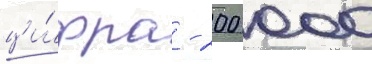
ци́фра - 200 000